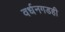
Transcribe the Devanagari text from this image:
वर्धनगडही